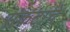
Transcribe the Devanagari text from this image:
संकटाचें